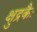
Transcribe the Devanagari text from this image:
क्षुद्रकैः